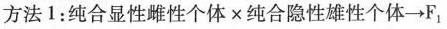
方法1：纯合显性雌性个体 × 纯合隐性雄性个体\rightarrow F_{1}